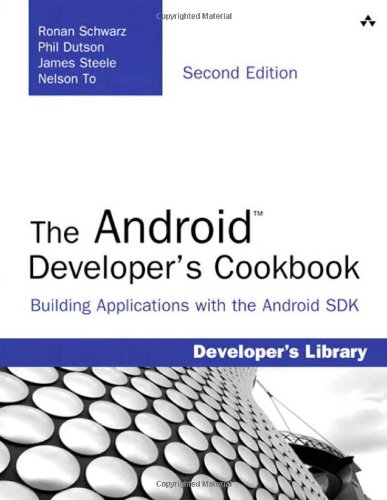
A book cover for The Android Developer's Cookbook: Building Applications with the Android SDK (2nd Edition) (Developer's Library); Ronan Schwarz; Computers & Technology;